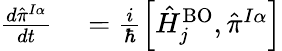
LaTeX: \begin{array}{rl}{\frac{d{\hat{\pi}}^{I\alpha}}{dt}}&{{}=\frac i{\hbar}\left[\hat{H}_{j}^{\mathrm{BO}},{\hat{\pi}^{I\alpha}}\right]}\end{array}